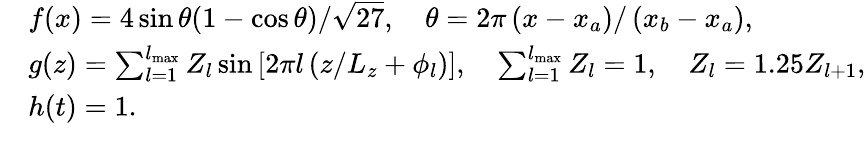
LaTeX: \begin{array}{rl}&{f(x)=4\sin\theta(1-\cos\theta)/\sqrt{27},\quad\theta=2\pi\left(x-x_{a}\right)/\left(x_{b}-x_{a}\right),}\\ &{g(z)=\sum_{l=1}^{l_{\operatorname*{max}}}Z_{l}\sin\left[2\pi l\left(z/L_{z}+\phi_{l}\right)\right],\quad\sum_{l=1}^{l_{\operatorname*{max}}}Z_{l}=1,\quad Z_{l}=1.25Z_{l+1},}\\ &{h(t)=1.}\\ &{}\end{array}